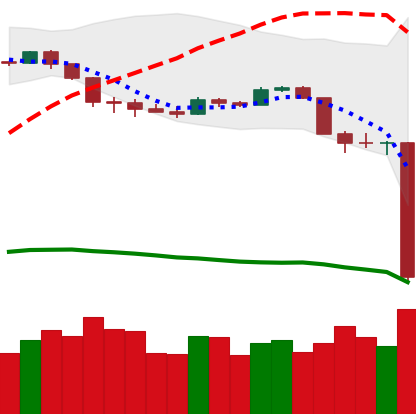
Ticker: BTC-USD
Chart end date: 2020-03-12
Forward return: 5.127%
Label: up_5_7